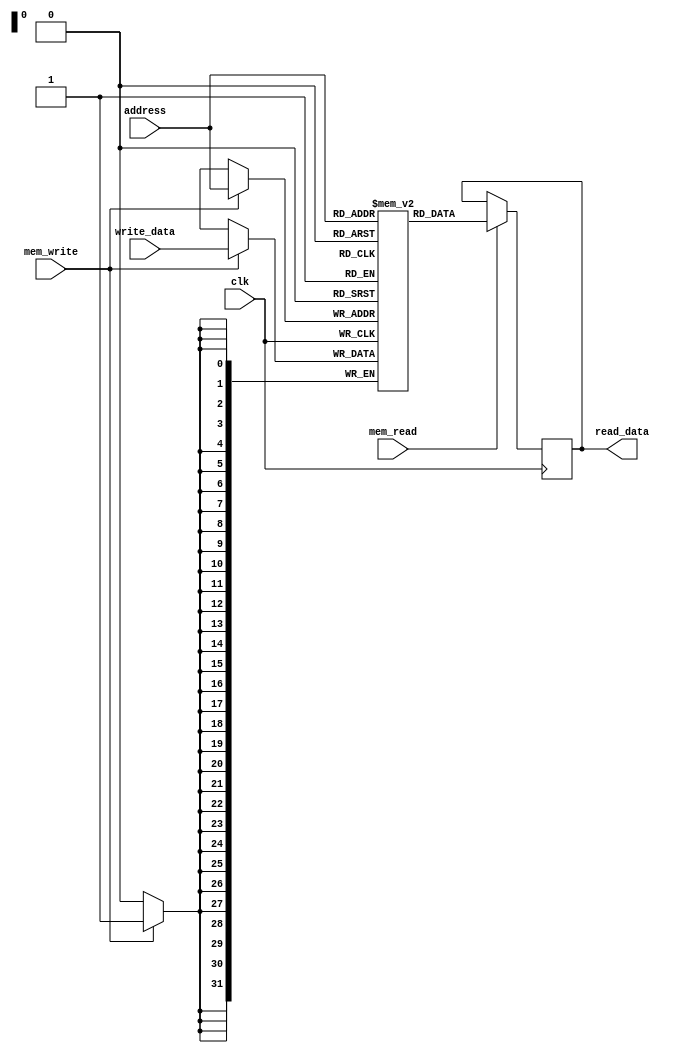
module data_memory #(
    parameter DATA_WIDTH = 32, 
    parameter ADDR_WIDTH = 32, 
    parameter MEM_DEPTH = 1 << ADDR_WIDTH 
)(
    input wire clk,                          
    input wire mem_read,                     
    input wire mem_write,                    
    input wire [ADDR_WIDTH-1:0] address,     
    input wire [DATA_WIDTH-1:0] write_data, 
    output reg [DATA_WIDTH-1:0] read_data   
);

   
    reg [DATA_WIDTH-1:0] memory [0:MEM_DEPTH-1];

    always @(posedge clk) begin
       
        if (mem_write) begin
            memory[address] <= write_data;
        end
        if (mem_read) begin
            read_data <= memory[address];
        end
    end

endmodule